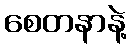
စေတနာနဲ့